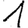
Digit: 1